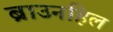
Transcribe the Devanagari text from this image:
ब्राउनहिल